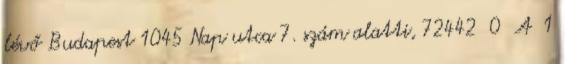
lévő Budapest 1045 Nap utca 7. szám alatti, 72442 0 A 1